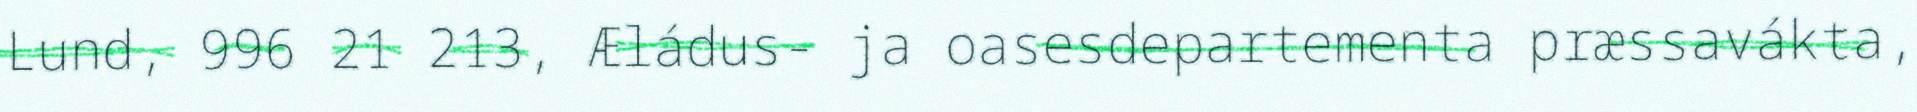
Lund, 996 21 213, Æládus- ja oasesdepartementa præssavákta,